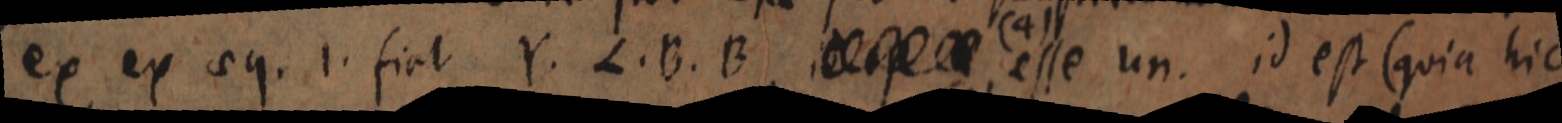
ex ex aeq. 1. fiat Y. L. B. B _ esse un. id est (quia hic